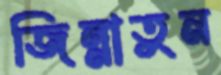
জিন্নাতুন